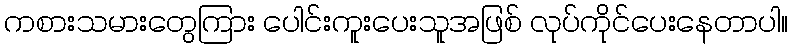
ကစားသမားတွေကြား ပေါင်းကူးပေးသူအဖြစ် လုပ်ကိုင်ပေးနေတာပါ။